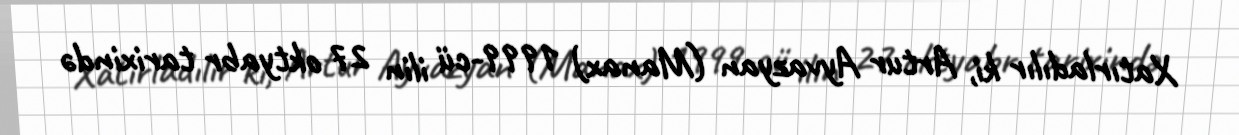
Xatırladılır ki, Artur Ayvazyan (Manax) 1999-cü ilin 27 oktyabr tarixində